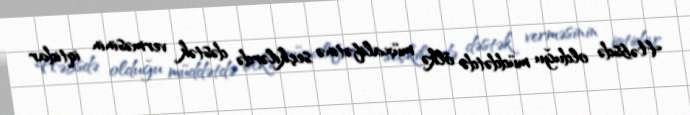
Həbsdə olduğu müddətdə ölkə müxalifətinə seçkilərdə dəstək verməsinin iqtidar